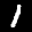
Label: 1